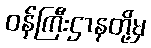
ဝန်ကြီးဌာနတို့မှ